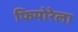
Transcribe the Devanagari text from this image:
फियोरेला